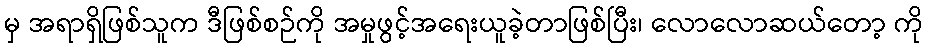
မှ အရာရှိဖြစ်သူက ဒီဖြစ်စဉ်ကို အမှုဖွင့်အရေးယူခဲ့တာဖြစ်ပြီး၊ လောလောဆယ်တော့ ကို